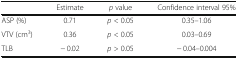
|  | Estimate | p value | Confidence interval 95% |
 | --- | --- | --- | --- |
 | ASP (%) | 0.71 | p < 0.05 | 0.35–1.06 |
 | VTV (cm3) | 0.36 | p < 0.05 | 0.03–0.69 |
 | TLB | − 0.02 | p > 0.05 | − 0.04–0.004 |